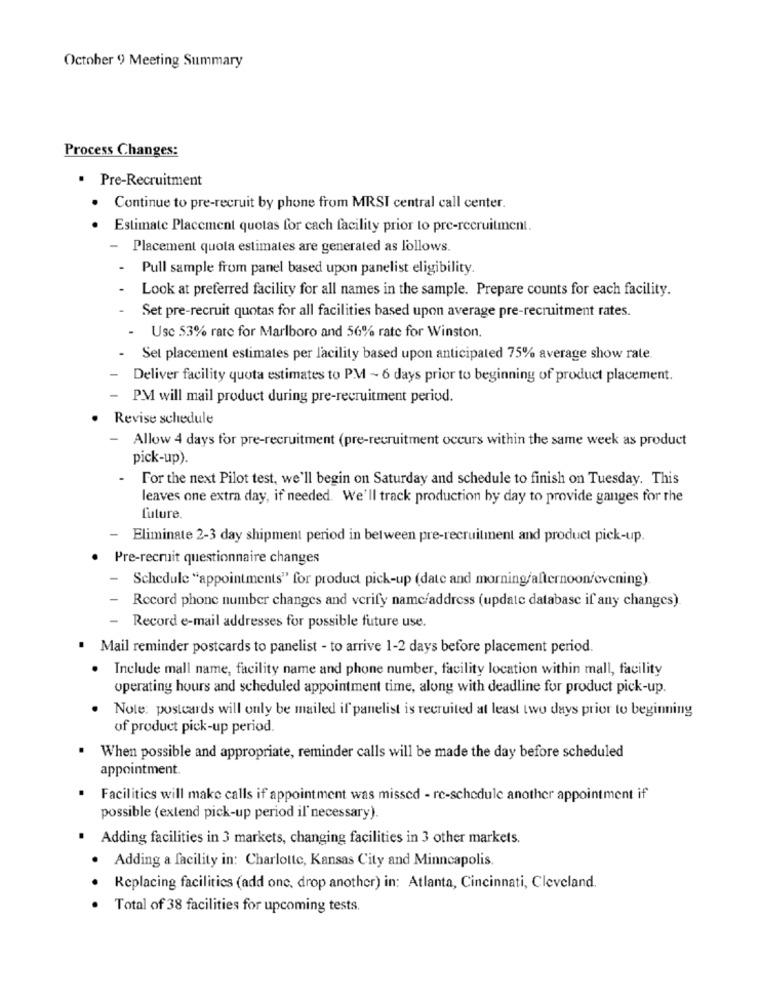
October 9) Meeting Summary
Process Changes:
. Pre-Recruitment
Continue to pre-recruit by phone from MRSI central call center.
Estimate Placement quotas for cach facility prior to pre-recruitment.
- Placement quota estimates are generated as follows.
- Pull sample from panel based upon panelist eligibility.
Look at preferred facility for all names in the sample. Prepare counts for each facility.
Set pre-recruit quotas for all facilities based upon average pre-recruitment rates.
- Usc 53% rate for Marlboro and 56% rate for Winston.
- Sel placement estimates per lacility based upon anticipated 75% average show rate.
- Deliver facility quota estimates to PM ~ 6 days prior to beginning of product placement.
PM will mail product during pre-recruitment period.
Revise schedule
- Allow 4 days for pre-recruitment (pre-recruitment occurs within the same week as product
pick-up).
- For the next Pilot test, we'll begin on Saturday and schedule to finish on Tuesday. This
leaves one extra day, if needed. We'll track production by day to provide ganges for the
future.
-
Eliminate 2-3 day shipment period in between pre-recruitment and product pick-up.
.
Pre-recruit questionnaire changes
-
Schedule "appointments" for product pick-up (date and morning/afternoon/evening).
- Record phone number changes and verify name/address (update database if any changes).
- Record e-mail addresses for possible future use.
Mail reminder postcards to panelist - to arrive 1-2 days before placement period.
Include mall name, facility name and phone number, facility location within mall, facility
operating hours and scheduled appointment time, along with deadline for product pick-up.
Note: postcards will only be mailed if panelist is recruited at least two days prior to beginning
of product pick-up period.
When possible and appropriate, reminder calls will be made the day before scheduled
appointment
Facilities will make calls if appointment was missed - re-schedule another appointment if
possible (extend pick-up period il' necessary).
Adding facilities in 3 markets, changing facilities in 3 other markets.
. Adding a facility in: Charlotte, Kansas City and Minneapolis.
Replacing facilities (add one, drop another) in: Atlanta, Cincinnati, Cleveland.
Total of 38 facilities for upcoming tests.